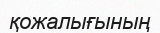
қожалығының